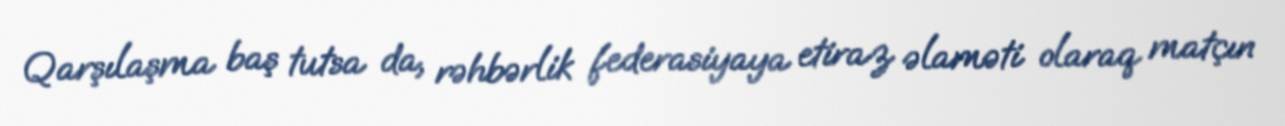
Qarşılaşma baş tutsa da, rəhbərlik federasiyaya etiraz əlaməti olaraq matçın